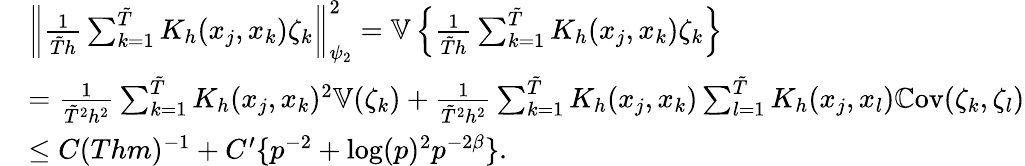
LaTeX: \begin{array}{rl}&{\left\| \frac{{1}}{\tilde{T}h}\sum_{k=1}^{\tilde{T}}K_{h}(x_{j},x_{k})\zeta_{k}\right\| _{\psi_{2}}^{2}=\mathbb{V}\left\{ \frac{{1}}{\tilde{T}h}\sum_{k=1}^{\tilde{T}}K_{h}(x_{j},x_{k})\zeta_{k}\right\} }\\ &{=\frac{{1}}{\tilde{T}^{2}h^{2}}\sum_{k=1}^{\tilde{T}}K_{h}(x_{j},x_{k})^{2}\mathbb{V}(\zeta_{k})+\frac{{1}}{\tilde{T}^{2}h^{2}}\sum_{k=1}^{\tilde{T}}K_{h}(x_{j},x_{k})\sum_{l=1}^{\tilde{T}}K_{h}(x_{j},x_{l})\mathbb{C}\mathrm{ov}(\zeta_{k},\zeta_{l})}\\ &{\leq C(Thm)^{-1}+C^{\prime}\{ p^{-2}+\log(p)^{2}p^{-2\beta}\} .}\end{array}